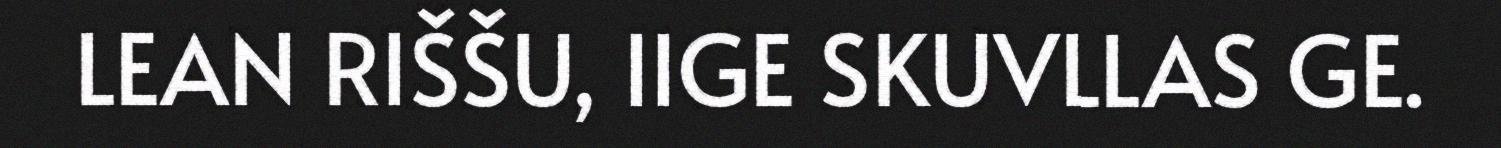
LEAN RIŠŠU, IIGE SKUVLLAS GE.